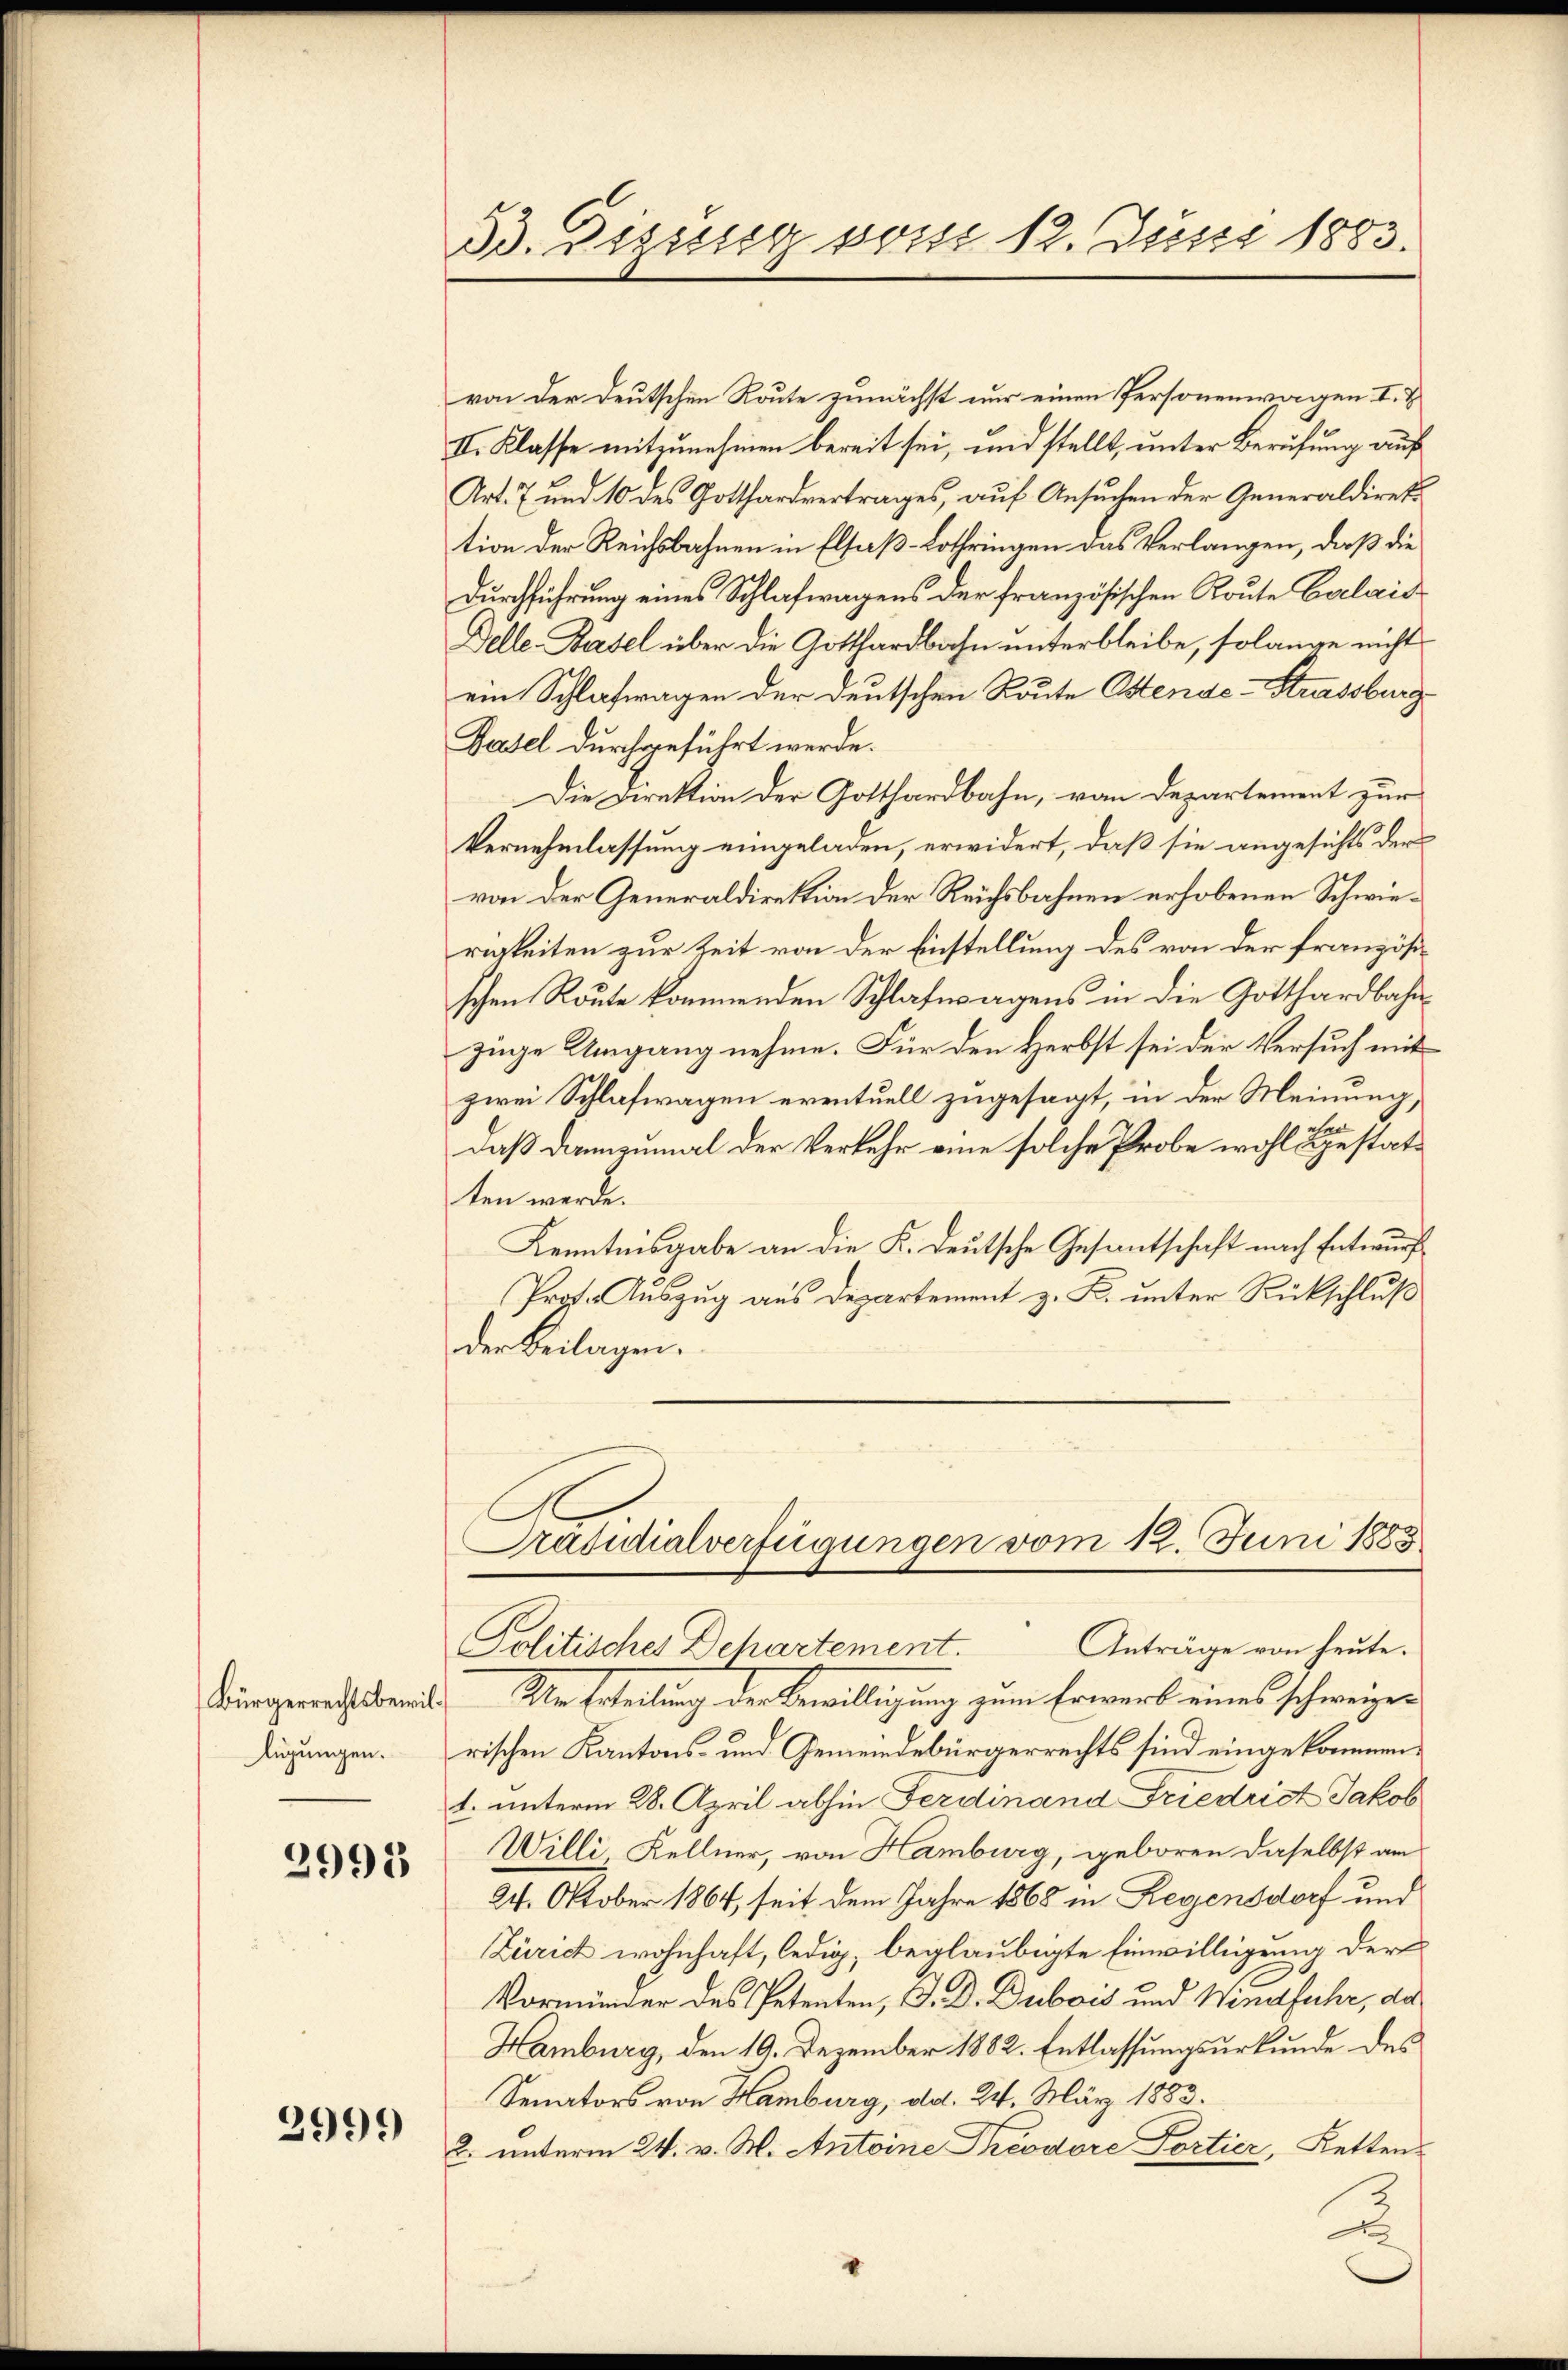
lügungen.

2995

2999

53. Eizung vom 12. Juni 1883.

von der Deutschen Route zunächst nur einen Personenwagen I. &
II. Klasse mitzunehmen bereit sei, und stellt, unter Berufung auf
Art. 7 und 10 des Gotthardvertrages, auf Ansuchen der Generaldirektion der Reichsbahnen in Elsaß-Lothringen das Verlangen, daß die
Durchführung eines Schlafwagens der französischen Route Calaid
Delle. Basel über die Gotthardbahn unterbleibe, solange nicht
ein Schlafragen der Deutschen Route Ostende-Strassburg
Pasel durchgeführt werde.
Die Direktion der Gotthardbahn, von Departement zur
Vernehmlassung eingeladen, erwidert, daß sie angesichts der
von der Generaldirektion der Reichsbahnen erhobenen Schwierigkeiten zur Zeit von der Einstellung des von der französischen Route kommenden Schlafwagens in die Gotthardbahnzüge Umgang nehme. Für den Herbst sei der Versuch mit
zwei Schlafwagen eventuell zugesagt, in der Meinung,
ehe
daß dannzumal der Verkehr eine solche Probe wohl gestatten werde.
Kenntnisgabe an die K. Deutsche Gesantschaft nach Entwurf
Prof. Auszug aus Departement z. B. unter Rückschluß
der Beilagen.
Präsidialverfügungen vom 12. Juni 1883
Anträge von heute.
Politisches Dehartement.
Bürgerrechtsberint. Die Erteilung der Bewilligung zum Erwerk eines schweizer
rischen Kantons- und Gemeindebürgerrechts sind eingekommen.
1. unterm 28. April abhin Ferdinand Friedrist Jakob
Willi, Kellner, von Hamburg, geboren daselbst am
24. Oktober 1864, seit dem Jahre 1868 in Regensdorf und
Zürich wohnhaft, ledig, beglaubigte Einwilligung der
Vormunder des Petenten, V. D. Dubois und Windfuhr, da
Hamburg, den 19. Dezember 1882. Entlassungsurkunde des
Senators von Hamburg, ad. 24. März 1883.
2. unterm 24. v. M. Antoine Preodore Portier, Retten
u